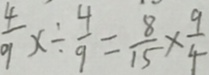
\frac { 4 } { 9 } x \div \frac { 4 } { 9 } = \frac { 8 } { 1 5 } \times \frac { 9 } { 4 }